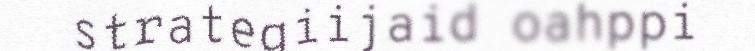
strategiijaid oahppi